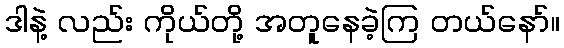
ဒါနဲ့ လည်း ကိုယ်တို့ အတူနေခဲ့ကြ တယ်နော်။